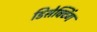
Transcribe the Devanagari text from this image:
डिसेक्टिंग